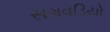
સગવડિયો